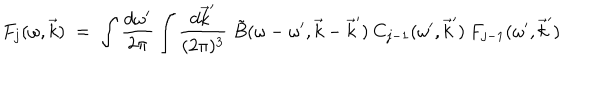
LaTeX: F _ { j } ( \omega , \vec { k } ) \; = \; \int \frac { d \omega ^ { \prime } } { 2 \pi } \int \frac { d \vec { k } ^ { \prime } } { ( 2 \pi ) ^ { 3 } } \; \tilde { B } ( \omega - \omega ^ { \prime } , \vec { k } - \vec { k } ^ { \prime } ) \: C _ { j - 1 } ( \omega ^ { \prime } , \vec { k } ^ { \prime } ) \: F _ { j - 1 } ( \omega ^ { \prime } , \vec { k } ^ { \prime } )